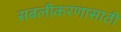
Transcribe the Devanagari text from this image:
सबलीकरणासाठी